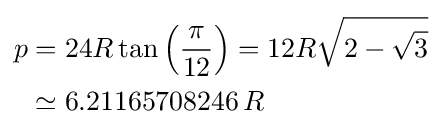
{\begin{aligned}p&=24R\tan \left({\frac {\pi }{12}}\right)=12R{\sqrt {2-{\sqrt {3}}}}\\&\simeq 6.21165708246\,R\end{aligned}}